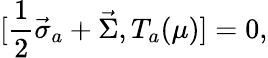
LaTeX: [\frac{1}{2}\vec{\sigma}_{a}+\vec{\Sigma},T_{a}(\mu)]=0,